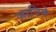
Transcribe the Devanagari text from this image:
जानिबे